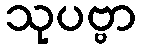
သုပဗ္ဗာ